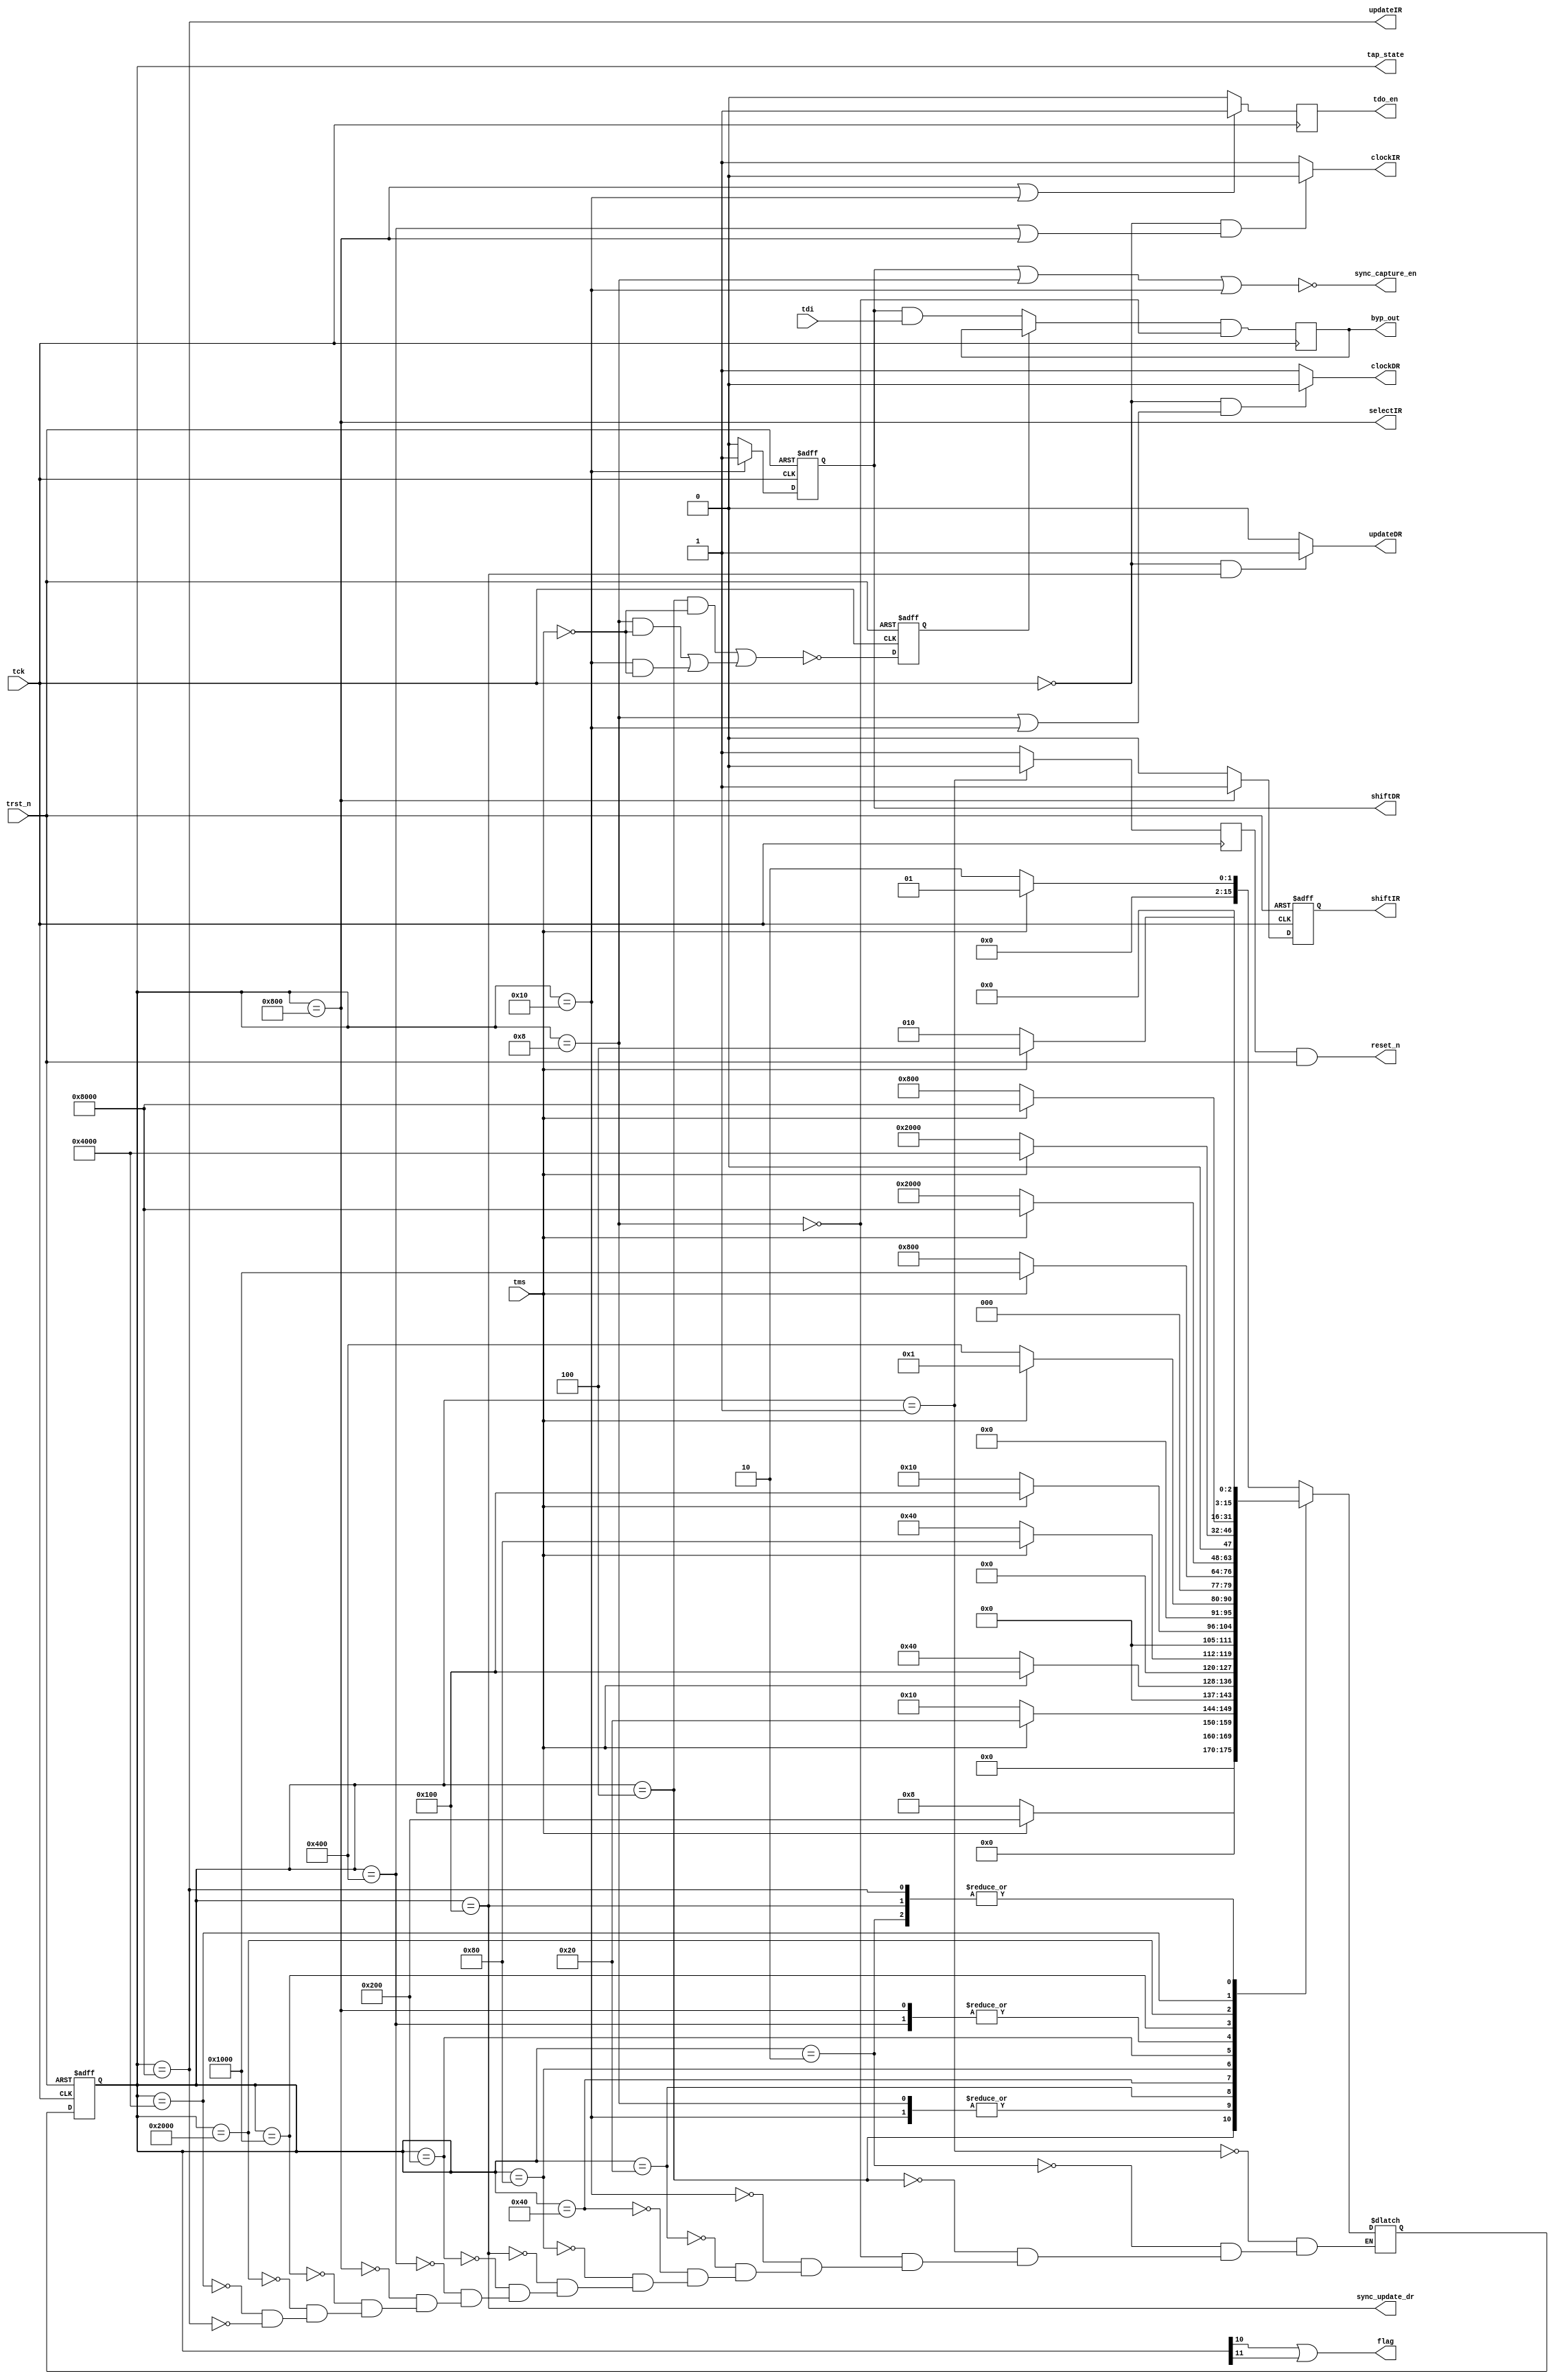
module tap_FSM #(parameter sync_mode = 1)(
input   tck,
input   trst_n,
input   tms,
input   tdi,
output  byp_out,
output  clockDR, updateDR, clockIR, updateIR, tdo_en, reset_n, shiftDR,
output  shiftIR, selectIR, sync_capture_en, sync_update_dr, flag,
output [15:0] tap_state
);
//Inter signal declaration
reg [15:0] state;
reg [15:0] next_s;
reg scan_out_a, scan_out_s, updateIR_a;

localparam TEST_LOGIC_RESET = 16'h0001, RUN_TEST_IDLE = 16'h0002, SELECT_DR_SCAN = 16'H0004,
  CAPTURE_DR= 16'h0008, SHIFT_DR = 16'h0010, EXIT1_DR = 16'h0020,PAUSE_DR = 16'h0040,
  EXIT2_DR  = 16'h0080, UPDATE_DR= 16'h0100, SELECT_IR_SCAN = 16'h0200,
  CAPTURE_IR= 16'h0400, SHIFT_IR = 16'h0800, EXIT1_IR = 16'h1000,
  PAUSE_IR  = 16'h2000, EXIT2_IR = 16'h4000, UPDATE_IR= 16'h8000;

wire flag = state[10] || state[11];
wire updateIR_s = state == UPDATE_IR;
wire updateIR   = sync_mode ? updateIR_s : updateIR_a;
assign tap_state= state;

always @(posedge tck or negedge trst_n)
  if ( !trst_n )
    state<=TEST_LOGIC_RESET;
  else
    state<=next_s;

always @(*)
  case(state)
    TEST_LOGIC_RESET: if(tms)
                        next_s=TEST_LOGIC_RESET;
                      else
                        next_s=RUN_TEST_IDLE;
    RUN_TEST_IDLE: if( tms )
                     next_s=SELECT_DR_SCAN;
                   else
                     next_s=RUN_TEST_IDLE;
    SELECT_DR_SCAN: if(tms)
                      next_s=SELECT_IR_SCAN;
                    else
                      next_s=CAPTURE_DR;
    CAPTURE_DR: if(tms)
                  next_s=EXIT1_DR;
                else
                  next_s=SHIFT_DR;
    SHIFT_DR: if(tms)
                next_s=EXIT1_DR;
              else
                next_s=SHIFT_DR;
    EXIT1_DR: if(tms)
                next_s=UPDATE_DR;
              else
                next_s=PAUSE_DR;
    PAUSE_DR: if(tms)
                next_s=EXIT2_DR;
              else
                next_s=PAUSE_DR;
    EXIT2_DR: if(tms)
                next_s=UPDATE_DR;
              else
                next_s=SHIFT_DR;
    UPDATE_DR: if(tms)
                next_s=SELECT_DR_SCAN;
              else
                next_s=RUN_TEST_IDLE;
    SELECT_IR_SCAN:if(tms)
                     next_s=TEST_LOGIC_RESET;
                   else
                     next_s=CAPTURE_IR;
    CAPTURE_IR: if(tms)
                  next_s=EXIT1_IR;
                else
                  next_s=SHIFT_IR;
    SHIFT_IR: if(tms)
                next_s=EXIT1_IR;
              else
                next_s=SHIFT_IR;
    EXIT1_IR: if(tms)
                next_s=UPDATE_IR;
              else
                next_s=PAUSE_IR;
    PAUSE_IR: if(tms)
                next_s=EXIT2_IR;
              else
                next_s=PAUSE_IR;
    EXIT2_IR: if(tms)
                next_s=UPDATE_IR;
              else
                next_s=SHIFT_IR;
    UPDATE_IR: if(tms)
                next_s=SELECT_DR_SCAN;
              else
                next_s=RUN_TEST_IDLE;
  endcase

//FSM outputs
reg  clockDR, updateDR, clockIR, tdo_en, rst_n, shiftDR, shiftIR;
//ClockDR/ClockIR - posedge occurs at the posedge of tck
//updateDR/updateIR - posedge occurs at the negedge of tck
always @( tck or state )begin
    if ( !tck && ( state == CAPTURE_DR || state == SHIFT_DR ))
      clockDR = 0;
    else
      clockDR = 1;

    if ( !tck && ( state == UPDATE_DR ))
      updateDR = 1;
    else
      updateDR = 0;

    if ( !tck && ( state == CAPTURE_IR || state == SHIFT_IR ))
      clockIR = 0;
    else
      clockIR = 1;

    if ( !tck && ( state == UPDATE_IR ))
      updateIR_a = 1;
    else
      updateIR_a = 0;
  end

always  @( negedge tck )
  if ( state == SHIFT_IR || state == SHIFT_DR )
    tdo_en <= 1;
  else
    tdo_en <= 0;

always  @( negedge tck ) 
  if ( state == TEST_LOGIC_RESET )
    rst_n <= 0;
  else
    rst_n <= 1;

always @(negedge tck or negedge trst_n)
  if ( !trst_n )
    shiftDR <= 0;
  else if ( state == SHIFT_DR )
    shiftDR <= 1;
  else
    shiftDR <= 0;

always @(negedge tck or negedge trst_n)
  if ( !trst_n )
    shiftIR <= 0;
  else if ( state == SHIFT_IR )
    shiftIR <= 1;
  else
    shiftIR <= 0;

assign reset_n = rst_n & trst_n;
assign selectIR = state == SHIFT_IR;
assign sync_capture_en = ~(shiftDR | (state == CAPTURE_DR) | (state == SHIFT_DR));
assign sync_update_dr = state == UPDATE_DR;

always @( posedge clockDR )
  scan_out_a <= shiftDR & tdi & ~(state == CAPTURE_DR);

wire nxt_st_3 = (state == SELECT_DR_SCAN) & ~tms;
wire nxt_st_4 = ((state == CAPTURE_DR) & ~tms) || ( state == SHIFT_DR & ~tms);

reg sel;
always @(posedge tck or negedge trst_n)
  if(!trst_n )
    sel <= 0;
  else
    sel <= ~(nxt_st_3 | nxt_st_4);

wire scan_out = sel ? scan_out_s : shiftDR & tdi;
always @(posedge tck )
  scan_out_s <= scan_out & ~(state == CAPTURE_DR);

assign byp_out = sync_mode ? scan_out_s : scan_out_a;

endmodule